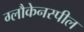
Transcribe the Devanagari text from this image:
ग्लौकेनस्पील